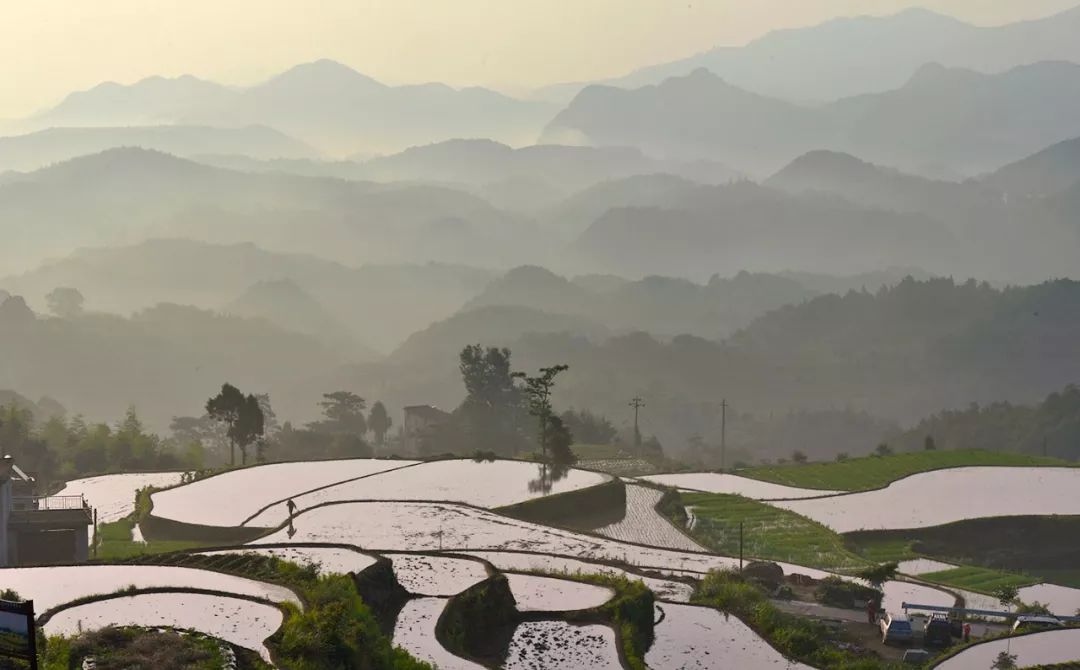
高田如楼梯，平田如棋局。